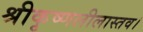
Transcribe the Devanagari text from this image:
श्रीकृष्णलीलास्तव।